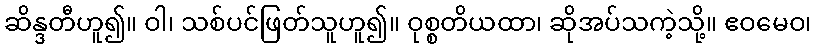
ဆိန္ဒတီဟူ၍။ ဝါ၊ သစ်ပင်ဖြတ်သူဟူ၍။ ဝုစ္စတိယထာ၊ ဆိုအပ်သကဲ့သို့။ ဧဝမေဝ၊